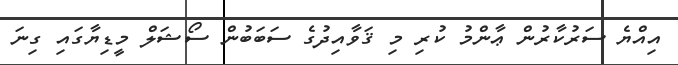
އިއްޔެ ސަރުކާރުން ޢާންމު ކުރި މި ޤަވާއިދުގެ ސަބަބުން ސޯޝަލް މީޑިޔާގައި ގިނަ